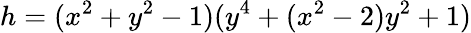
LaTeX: h=(x^{2}+y^{2}-1)(y^{4}+(x^{2}-2)y^{2}+1)